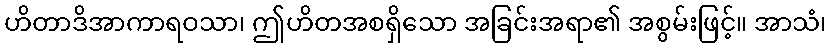
ဟိတာဒိအာကာရဝသာ၊ ဤဟိတအစရှိသော အခြင်းအရာ၏ အစွမ်းဖြင့်။ အာသံ၊